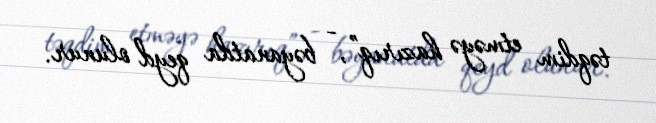
təqdim etməyə hazırıq”, - bəyanatda qeyd olunur.